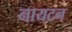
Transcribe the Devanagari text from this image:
नायटन